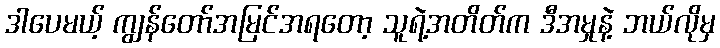
ဒါပေမယ့် ကျွန်တော်အမြင်အရတော့ သူရဲ့အတိတ်က ဒီအမှုနဲ့ ဘယ်လိုမှ